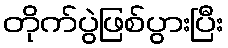
တိုက်ပွဲဖြစ်ပွားပြီး